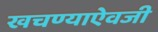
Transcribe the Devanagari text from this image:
खचण्याऐवजी